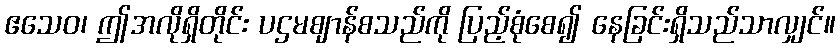
ဧသေဝ၊ ဤအလိုရှိတိုင်း ပဌမဈာန်စသည်ကို ပြည့်စုံစေ၍ နေခြင်းရှိသည်သာလျှင်။